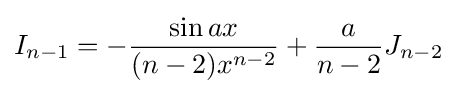
I_{n-1}=-{\frac {\sin {ax}}{(n-2)x^{n-2}}}+{\frac {a}{n-2}}J_{n-2}\,\!